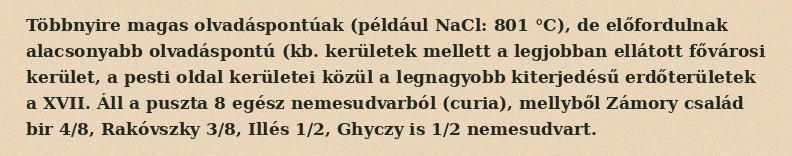
Többnyire magas olvadáspontúak (például NaCl: 801 °C), de előfordulnak alacsonyabb olvadáspontú (kb. kerületek mellett a legjobban ellátott fővárosi kerület, a pesti oldal kerületei közül a legnagyobb kiterjedésű erdőterületek a XVII. Áll a puszta 8 egész nemesudvarból (curia), mellyből Zámory család bir 4/8, Rakóvszky 3/8, Illés 1/2, Ghyczy is 1/2 nemesudvart.